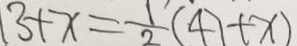
1 3 + x = \frac { 1 } { 2 } ( 4 7 + x )